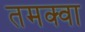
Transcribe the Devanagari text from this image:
तमक्वा